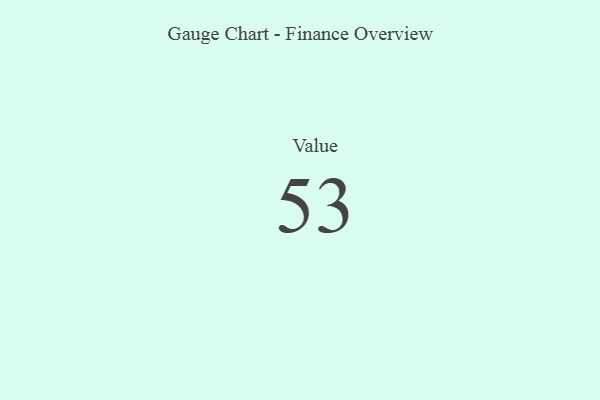
{"axis": {"x": "Metric", "y": "Value"}, "legend": [""], "data": [{"x": "Value", "y": 53, "type": ""}]}